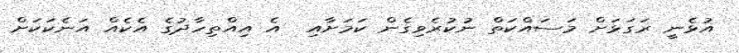
އުޅެނީ ރަގަޅަށް މަސައްކަތް ނުކުރެވިގެން ކަމަށާއި  އެ އިއްތިހާދުގެ އެކެއް އަނެކަކަށް